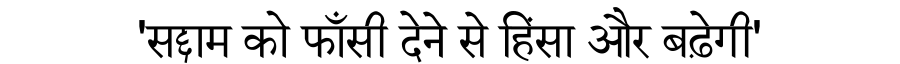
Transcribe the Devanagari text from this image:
'सद्दाम को फाँसी देने से हिंसा और बढ़ेगी'